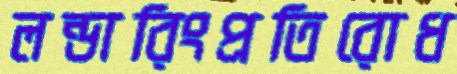
লন্ডারিংপ্রতিরোধ